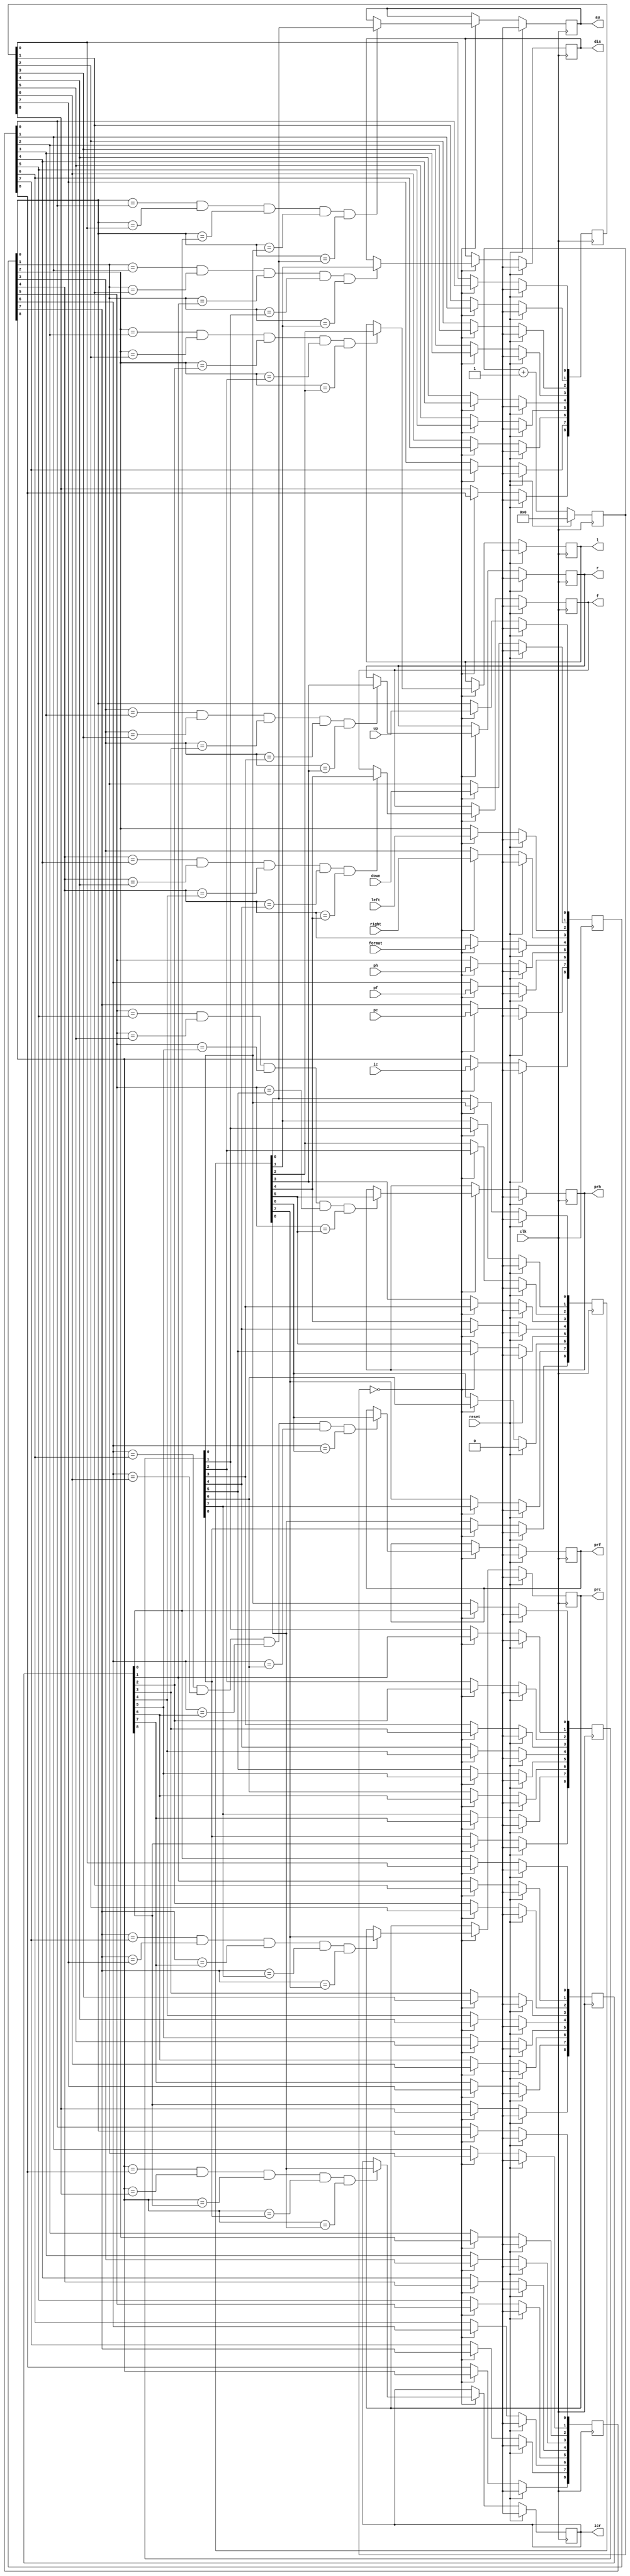
`timescale 1ns / 1ps
//////////////////////////////////////////////////////////////////////////////////
// Company: 
// Engineer: 
// 
// Design Name: 
// Module Name:    FFs 
// Project Name: 
// Target Devices: 
// Tool versions: 
// Description: 
//
// Dependencies: 
//
// Revision: 
// Revision 0.01 - File Created
// Additional Comments: 
//
//////////////////////////////////////////////////////////////////////////////////
module FFs(
    input wire up,
    input wire down,
	 input wire left,
	 input wire right,
	 input wire format,
    input wire ph,
	 input wire pf,
	 input wire pc,
	 input wire ic,
	 input wire clk,
	 input reset,
    output reg au,
    output reg dis,
    output reg l,
	 output reg r,
	 output reg f,
	 output reg prh,
	 output reg prf,
	 output reg prc,
	 output reg icr
    );
reg [8:0]pas1;
reg [8:0]pas2;
reg [8:0]pas3;
reg [8:0]pas4;
reg [8:0]pas5;
reg [8:0]pas6;
reg [9:0]delay;

always @(posedge clk)
if (reset)
	begin
	pas1<=9'b0;
	pas2<=9'b0;
	pas3<=9'b0;
	pas4<=9'b0;
	pas5<=9'b0;
	pas6<=9'b0;
	au<=1'b0;
	dis<=1'b0;
	l<=1'b0;
	r<=1'b0;
	f<=1'b0;
	prh<=1'b0;
	prf<=1'b0;
	prc<=1'b0;
	icr<=1'b0;
	delay<=0;
	end
else if (delay==0)
	begin
	pas1[0]<=up;
	pas1[1]<=down;
	pas1[2]<=left;
	pas1[3]<=right;
	pas1[4]<=format;
	pas1[5]<=ph;
	pas1[6]<=pf;
	pas1[7]<=pc;
	pas1[8]<=ic;
	pas2[0]<=pas1[0];
	pas2[1]<=pas1[1];
	pas2[2]<=pas1[2];
	pas2[3]<=pas1[3];
	pas2[4]<=pas1[4];
	pas2[5]<=pas1[5];
	pas2[6]<=pas1[6];
	pas2[7]<=pas1[7];
	pas2[8]<=pas1[8];
	
	pas3[0]<=pas2[0];
	pas3[1]<=pas2[1];
	pas3[2]<=pas2[2];
	pas3[3]<=pas2[3];
	pas3[4]<=pas2[4];
	pas3[5]<=pas2[5];
	pas3[6]<=pas2[6];
	pas3[7]<=pas2[7];
	pas3[8]<=pas2[8];
	
	pas4[0]<=pas3[0];
	pas4[1]<=pas3[1];
	pas4[2]<=pas3[2];
	pas4[3]<=pas3[3];
	pas4[4]<=pas3[4];
	pas4[5]<=pas3[5];
	pas4[6]<=pas3[6];
	pas4[7]<=pas3[7];
	pas4[8]<=pas3[8];
	
	pas5[0]<=pas4[0];
	pas5[1]<=pas4[1];
	pas5[2]<=pas4[2];
	pas5[3]<=pas4[3];
	pas5[4]<=pas4[4];
	pas5[5]<=pas4[5];
	pas5[6]<=pas4[6];
	pas5[7]<=pas4[7];
	pas5[8]<=pas4[8];
	
	pas6[0]<=pas5[0];
	pas6[1]<=pas5[1];
	pas6[2]<=pas5[2];
	pas6[3]<=pas5[3];
	pas6[4]<=pas5[4];
	pas6[5]<=pas5[5];
	pas6[6]<=pas5[6];
	pas6[7]<=pas5[7];
	pas6[8]<=pas5[8];
	if (pas1[0]==pas2[0]&&pas1[0]==pas3[0]&&pas1[0]==pas4[0]&&pas1[0]==pas5[0]&&pas1[0]==pas6[0])
		au<=pas6[0];
	if (pas1[1]==pas2[1]&&pas1[1]==pas3[1]&&pas1[1]==pas4[1]&&pas1[1]==pas5[1]&&pas1[1]==pas6[1])
		dis<=pas6[1];
	if (pas1[2]==pas2[2]&&pas1[2]==pas3[2]&&pas1[2]==pas4[2]&&pas1[2]==pas5[2]&&pas1[2]==pas6[2])
		l<=pas6[2];
	if (pas1[3]==pas2[3]&&pas1[3]==pas3[3]&&pas1[3]==pas4[3]&&pas1[3]==pas5[3]&&pas1[3]==pas6[3])
		r<=pas6[3];
	if (pas1[4]==pas2[4]&&pas1[4]==pas3[4]&&pas1[4]==pas4[4]&&pas1[4]==pas5[4]&&pas1[4]==pas6[4])
		f<=pas6[4];
	if (pas1[5]==pas2[5]&&pas1[5]==pas3[5]&&pas1[5]==pas4[5]&&pas1[5]==pas5[5]&&pas1[5]==pas6[5])
		prh<=pas6[5];
	if (pas1[6]==pas2[6]&&pas1[6]==pas3[6]&&pas1[6]==pas4[6]&&pas1[6]==pas5[6]&&pas1[6]==pas6[6])
		prf<=pas6[6];
	if (pas1[7]==pas2[7]&&pas1[7]==pas3[7]&&pas1[7]==pas4[7]&&pas1[7]==pas5[7]&&pas1[7]==pas6[7])
		prc<=pas6[7];
	if (pas1[8]==pas2[8]&&pas1[8]==pas3[8]&&pas1[8]==pas4[8]&&pas1[8]==pas5[8]&&pas1[8]==pas6[8])
		icr<=pas6[8];
		delay<=delay+1'b1;
	end
	else if(delay==2000)delay<=0;
	else 	delay<=delay+1'b1;
endmodule